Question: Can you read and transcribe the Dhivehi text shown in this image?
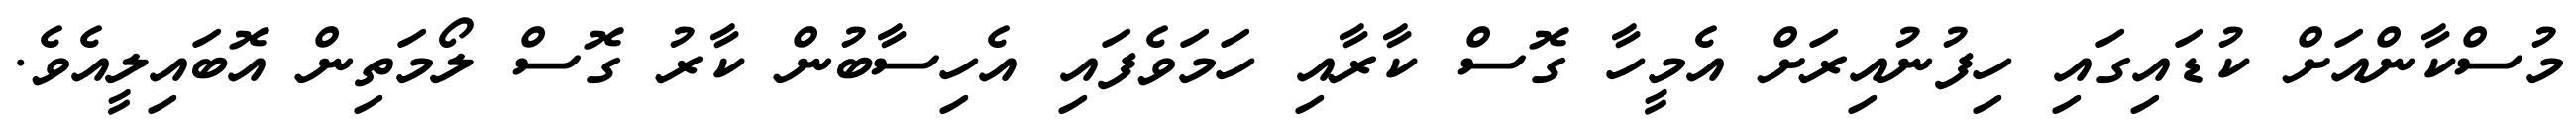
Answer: މުސްކާންއަށް ކުޑައިގައި ހިފުނުއިރަށް އެމީހާ ގޮސް ކާރާއި ހަމަވެފައި އެހިސާބުން ކާރު ގޮސް ލޯމަތިން އޮބައިލީއެވެ.